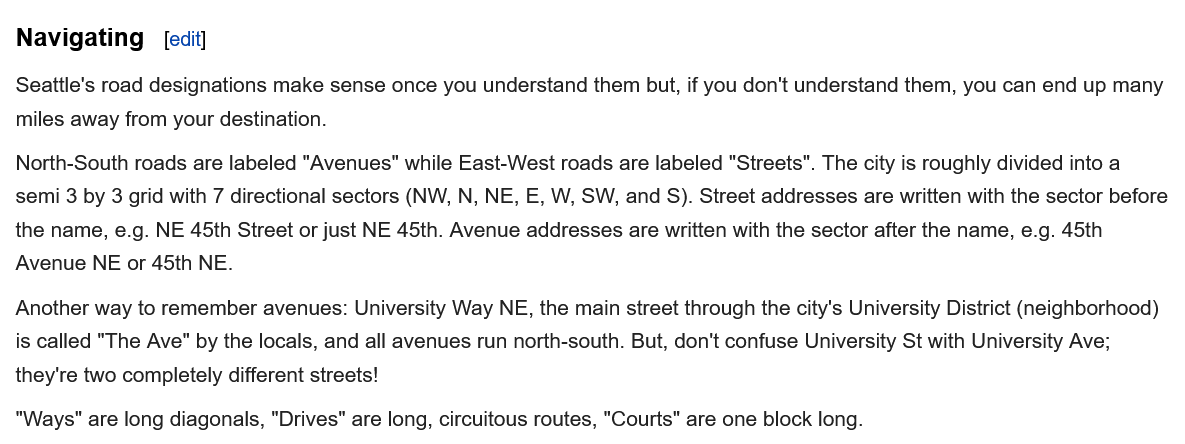
Navigating
  Seattle's road designations make sense once you understand them but, if you don't understand them, you can end up many
  miles away from your destination.
  North-South roads are labeled "Avenues" while East-West roads are labeled "Streets". The city is roughly divided into a
  semi 3 by 3 grid with 7 directional sectors (NW, N, NE, E, W, SW, and S). Street addresses are written with the sector before
  the name, e.g. NE 45th Street or just NE 45th. Avenue addresses are written with the sector after the name, e.g. 45th
  Avenue NE or 45th NE.
  Another way to remember avenues: University Way NE, the main street through the city's University District (neighborhood)
  is called "The Ave" by the locals, and all avenues run north-south. But, don't confuse University St with University Ave;
  they're two completely different streets!
  "Ways" are long diagonals, "Drives" are long, circuitous routes, "Courts" are one block long.
     edit]